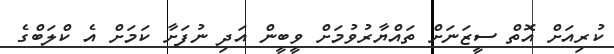
ކުރިއަށް އޮތް ސީޒަނަށް ތައްޔާރުވުމަށް ވީބީން އަދި ނުފަށާ ކަމަށް އެ ކްލަބްގެ